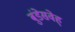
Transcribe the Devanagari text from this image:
बुंडेसवेह्